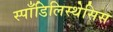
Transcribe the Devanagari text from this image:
स्पाँडिलिस्थेसिस